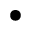
\bullet